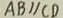
A B / / C D